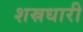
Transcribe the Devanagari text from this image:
शस्रधारी